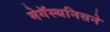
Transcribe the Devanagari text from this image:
मेगॅस्थनिसने